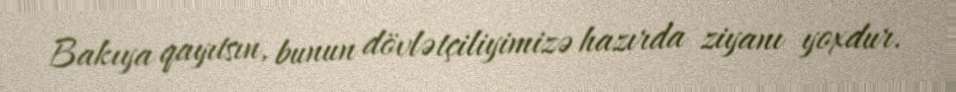
Bakıya qayıtsın, bunun dövlətçiliyimizə hazırda ziyanı yoxdur.